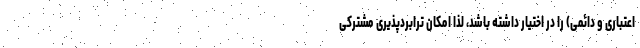
اعتباری و دائمی) را در اختیار داشته باشد، لذا امکان ترابردپذیری مشترکی